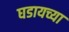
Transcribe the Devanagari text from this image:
घडायच्या